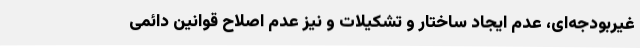
غیربودجه‌ای، عدم ایجاد ساختار و تشکیلات و نیز عدم اصلاح قوانین دائمی